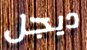
ديجل